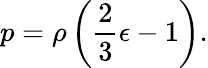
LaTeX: p=\rho\left({\frac{2}{3}}\epsilon-1\right).